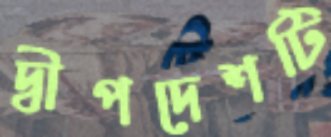
দ্বীপদেশটি